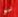
لو